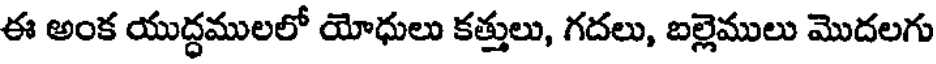
ఈ అంక యుద్ధములలో యోధులు కత్తులు, గదలు, బల్లెములు మొదలగు